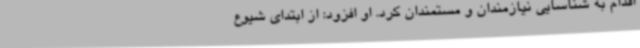
اقدام به شناسایی نیازمندان و مستمندان کرد. او افزود: از ابتدای شیوع